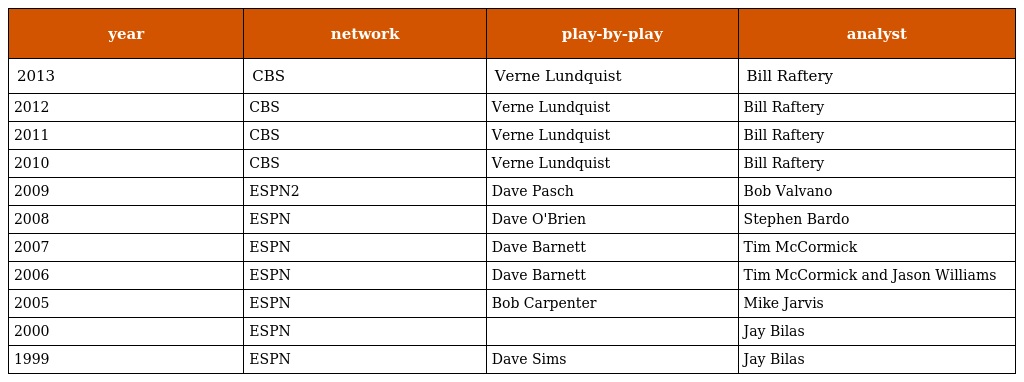
| year | network | play-by-play | analyst |
 | --- | --- | --- | --- |
 | 2013 | CBS | Verne Lundquist | Bill Raftery |
 | 2012 | CBS | Verne Lundquist | Bill Raftery |
 | 2011 | CBS | Verne Lundquist | Bill Raftery |
 | 2010 | CBS | Verne Lundquist | Bill Raftery |
 | 2009 | ESPN2 | Dave Pasch | Bob Valvano |
 | 2008 | ESPN | Dave O'Brien | Stephen Bardo |
 | 2007 | ESPN | Dave Barnett | Tim McCormick |
 | 2006 | ESPN | Dave Barnett | Tim McCormick and Jason Williams |
 | 2005 | ESPN | Bob Carpenter | Mike Jarvis |
 | 2000 | ESPN |  | Jay Bilas |
 | 1999 | ESPN | Dave Sims | Jay Bilas |